Bombay plague: being a history of the progress of plague in the Bombay presidency from September 1896 to June 1899
Year: 1896
Disease focus: Plague
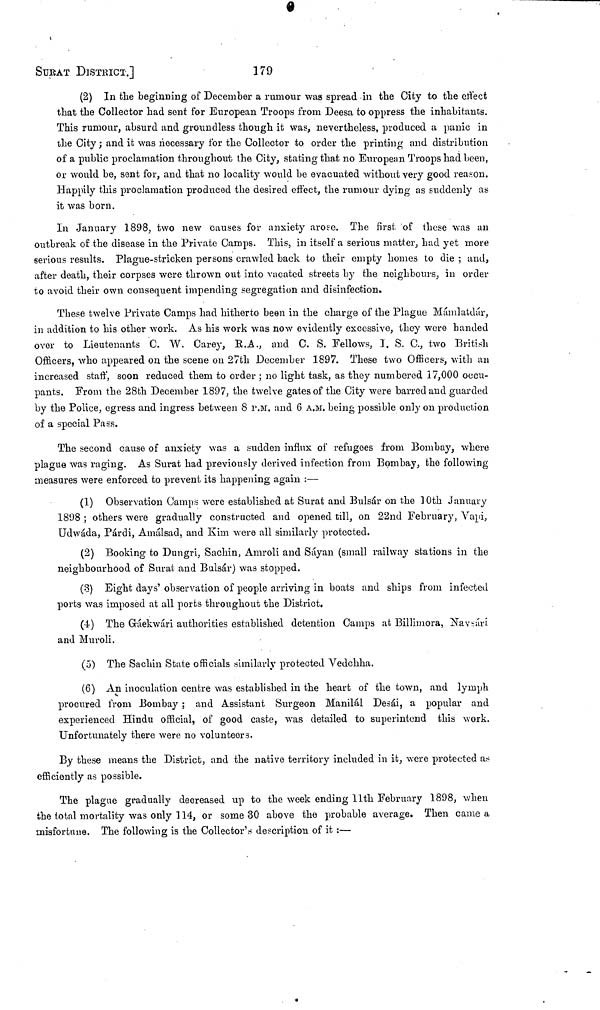
SURAT DISTRICT.]
179
(2) In the beginning of December a rumour was spread in the City to the effect
that the Collector had sent for European Troops from Deesa to oppress the inhabitants.
This rumour, absurd and groundless though it was, nevertheless, produced a panic in
the City ; and it was necessary for the Collector to order the printing and distribution
of a public proclamation throughout the City, stating that no European Troops had been,
or would be, sent for, and that no locality would be evacuated without very good reason.
Happily this proclamation produced the desired effect, the rumour dying as suddenly as
it was born.
In January 1898, two new causes for anxiety arose. The first of these was an
outbreak of the disease in the Private Camps. This, in itself a serious matter, had yet more
serious results. Plague-stricken persons crawled back to their empty homes to die ; and,
after death, their corpses were thrown out into vacated streets by the neighbours, in order
to avoid their own consequent impending segregation and disinfection.
These twelve Private Camps had hitherto been in the charge of the Plague Mámlatdár,
in addition to his other work. As his work was now evidently excessive, they were handed
over to Lieutenants C. W. Carey, R.A., and C. S. Fellows, 1. S. C., two British
Officers, who appeared on the scene on 27th December 1897. These two Officers, with an
increased staff, soon reduced them to order ; no light task, as they numbered 17,000 occu-
pants. From the 28th December 1897, the twelve gates of the City were barred and guarded
by the Police, egress and ingress between 8 P.M. and 6 A.M. being possible only on production
of a special Pass.
The second cause of anxiety was a sudden influx of refugees from Bombay, where
plague was raging. As Surat had previously derived infection from Bombay, the following
measures were enforced to prevent its happening again :—
(1) Observation Camps were established at Surat and Bulsár on the 10th January
1898 ; others were gradually constructed and opened till, on 22nd February, Vapi,
Udwáda, Párdi, Amálsad, and Kim were all similarly protected.
(2) Booking to Dungri, Sachin, Amroli and Sáyan (small railway stations in the
neighbourhood of Surat and Bulsár) was stopped.
(3) Eight days' observation of people arriving in boats and ships from infected
ports was imposed at all ports throughout the District.
(4) The Gáekwári authorities established detention Camps at Billimora, Navsári
and Muroli.
(5) The Sachin State officials similarly protected Yedchha.
(6) An inoculation centre was established in the heart of the town, and lymph
procured from Bombay ; and Assistant Surgeon Manilál Desái, a popular and
experienced Hindu official, of good caste, was detailed to superintend this work.
Unfortunately there were no volunteers.
By these means the District, and the native territory included in it, were protected as
efficiently as possible.
The plague gradually decreased up to the week ending 11th February 1898, when
the total mortality was only 114, or some 30 above the probable average. Then came a
misfortune. The following is the Collector's description of it :—